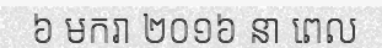
៦ មករា ២០១៦ នា ពេល